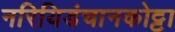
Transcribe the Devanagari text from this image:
नरियिडंचानकोट्टा